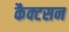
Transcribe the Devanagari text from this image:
कैक्टसन